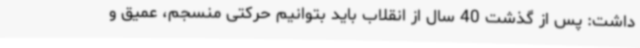
داشت: پس از گذشت 40 سال از انقلاب باید بتوانیم حرکتی منسجم، عمیق و